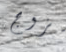
بزوج